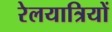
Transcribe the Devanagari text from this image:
रेलयात्रियों